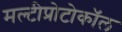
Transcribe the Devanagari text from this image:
मल्टीप्रोटोकॉल